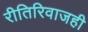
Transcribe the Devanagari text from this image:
रीतिरिवाजही